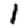
Digit: 1